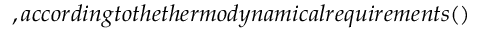
, a c c o r d i n g t o t h e t h e r m o d y n a m i c a l r e q u i r e m e n t s ( )